Indian journal of veterinary science and animal husbandry - Volume 10,
Year: 1940
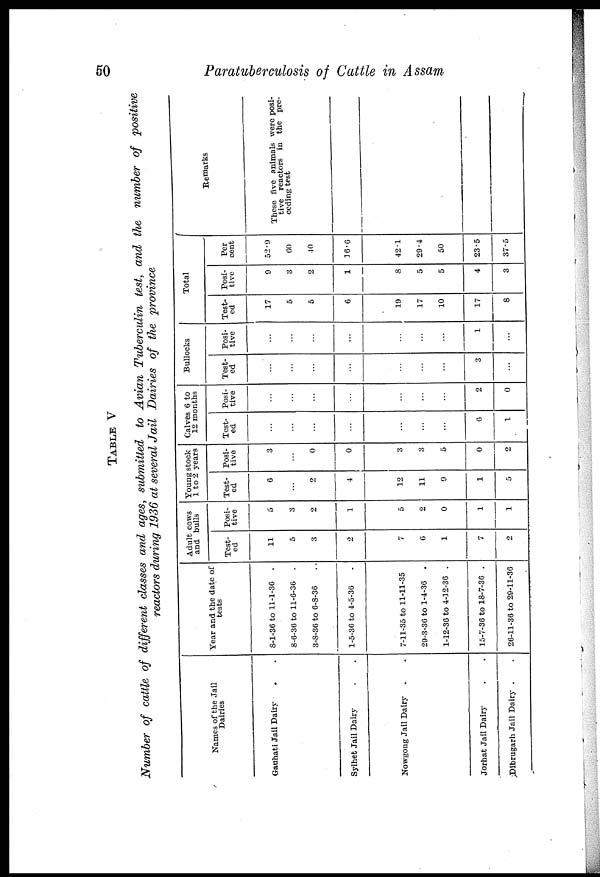
50
Paratuberculosis of Cattle in Assam
TABLE V
Number of cattle of different classes and ages, submitted to Avian Tuberculin test, and the number of positive
reactors during 1936 at several Jail Dairies of the province
Names of the Jail
Dairies
Gauhati Jail Dairy . .
Sylhet Jail Dairy . .
Nowgong Jail Dairy . .
Jorhat Jail Dairy . .
Dibrugarh Jail Dairy . .
Year and the date of
tests
8-1-36 to 11-1-36 .
8-6-36 to 11-6-36 .
3-8-36 to 6-8-36 ..
1-5-36 to 4-5-36 .
7-11-35 to 11-11-35
29-3-36 to 1-4-36
.
1-12-36 to 4-12-36 .
15-7-36 to 18-7-36 .
26-11-36 to 29-11-36
Adult cows
and bulls
Test-
ed
11
5
3
2
7
6
1
7
2
Posi-
tive
5
3
2
1
5
2
0
1
1
Young stock
1 to 2 years
Test-
ed
6
...
2
4
12
11
9
1
5
Posi-
tive
3
...
0
0
3
3
5
0
2
Calves 6 to
12 months
Test-
ed
...
...
...
...
...
...
...
6
1
Posi-
tive
...
...
...
...
...
...
...
2
0
Bullocks
Test-
ed
...
...
...
...
...
...
...
3
...
Posi-
tive
...
...
...
...
...
...
...
1
...
Total
Test-
ed
17
5
5
6
19
17
10
17
8
Posi-
tive
9
3
2
1
8
5
5
4
3
Per
cent
52.9
60
40
16.6
42.1
29.4
50
23.5
37.5
Remarks
These five animals were posi-
tive reactors in the pre-
ceding test